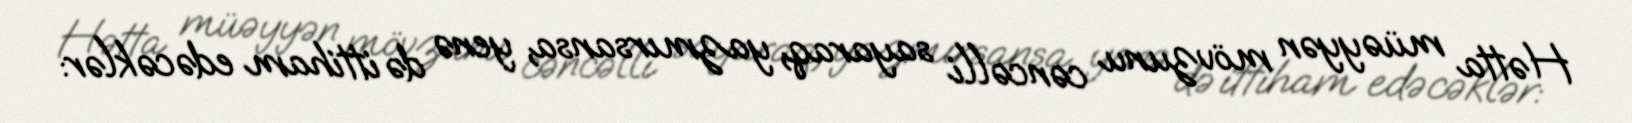
Hətta müəyyən mövzunu cəncəlli sayaraq, yazmırsansa, yenə də ittiham edəcəklər: